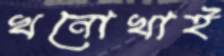
খনোখাই